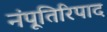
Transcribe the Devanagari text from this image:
नंपूतिरिपाद